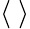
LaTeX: \langle\ \rangle